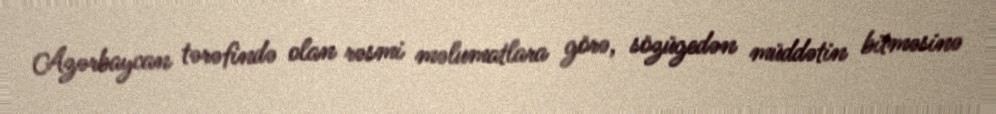
Azərbaycan tərəfində olan rəsmi məlumatlara görə, sözügedən müddətin bitməsinə